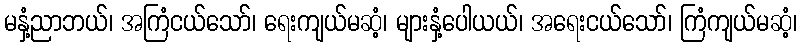
မနှံ့ညာဘယ်၊ အကြံငယ်သော်၊ ရေးကျယ်မဆံ့၊ များနှံ့ပေါယယ်၊ အရေးငယ်သော်၊ ကြံကျယ်မဆံ့၊